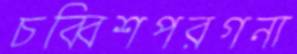
চব্বিশপরগনা